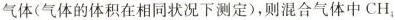
气体(气体的体积在相同状况下测定)，则混合气体中CH_{4}